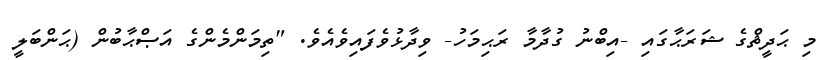
މި ޙަދީޘްގެ ޝަރަޙާގައި -އިބްނު ގުދާމާ ރަޙިމަހު- ވިދާޅުވެފައިވެއެވެ. "ތިމަންމެންގެ އަޞްޙާބުން (ޙަންބަލީ